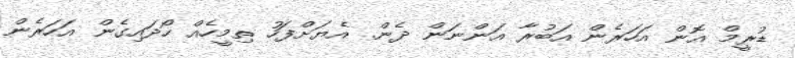
ޑުރީމް އޮން އަހަރެން އަބުރާ އަންނަން ދެން. އެޔަށްފަހު ތިމީހެއް ހޯދައިގެން އަހަރެން